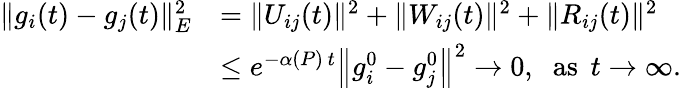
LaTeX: \begin{array}{rl}{\| g_{i}(t)-g_{j}(t)\| _{E}^{2}}&{=\| U_{ij}(t)\| ^{2}+\| W_{ij}(t)\| ^{2}+\| R_{ij}(t)\| ^{2}}\\ &{\leq e^{-\alpha(P)\, t}\left\| g_{i}^{0}-g_{j}^{0}\right\| ^{2}\to 0,\; \; \mathrm{as}\; \, t\to\infty.}\end{array}